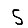
Digit: 5